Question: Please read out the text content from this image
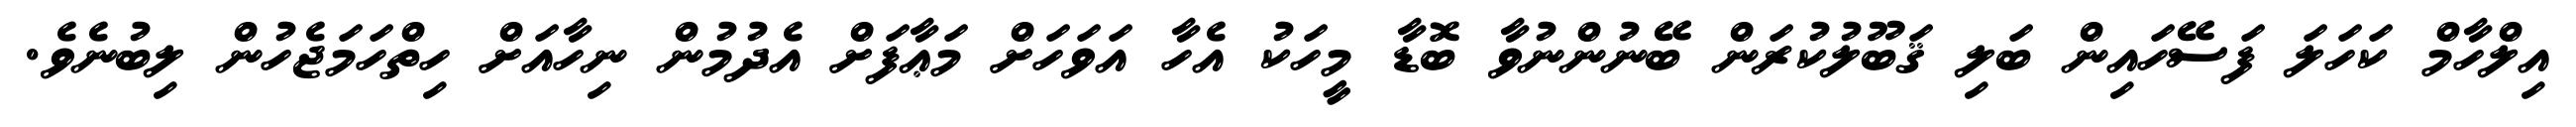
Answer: އިލްހާމް ކަހަލަ ފަސޭހައިން ބަލި ޤަބޫލުކުރަން ބޭނުންނުވާ ބޮޑާ މީހަކު އެހާ އަވަހަށް މަޢާފަށް އެދުމުން ނިހާއަށް ހިތްހަމަޖެހުން ލިބުނެވެ.